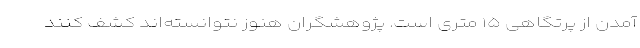
آمدن از پرتگاهی ۱۵ متری است. پژوهشگران هنوز نتوانسته‌اند کشف کنند